Burma Government Medical School reports 1923-41
Year: 1923
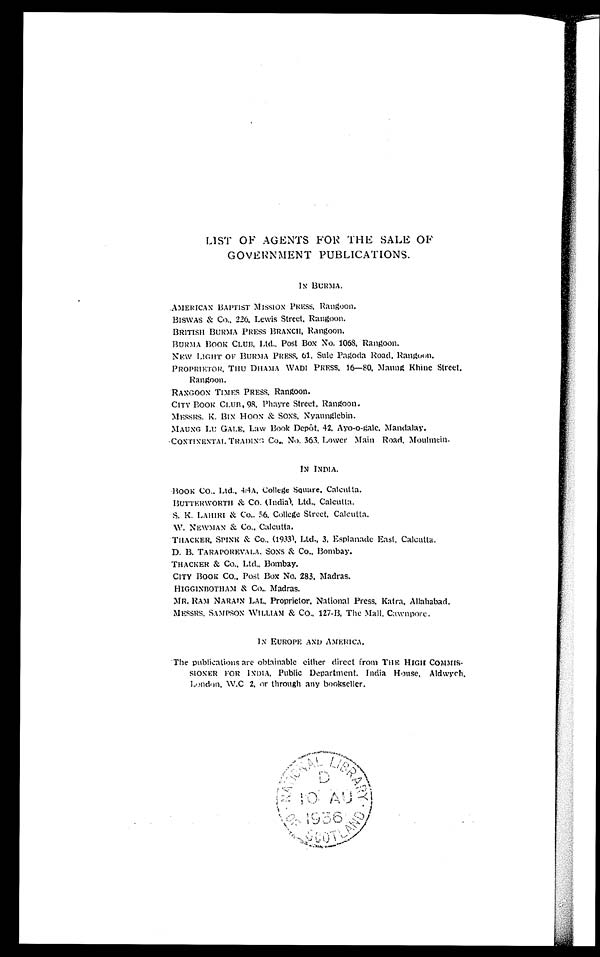
LIST OF AGENTS FOR THE SALE OF
GOVERNMENT PUBLICATIONS.
IN BURMA.
A M E R I C A N B A P T I S T M I S S I O N P R E S S , R a n g o o n .
BISWAS & CO., 226, Lewis Street, Rangoon.
BRITISH BURMA PRESS BRANCH, Rangoon.
BURMA BOOK CLUB, Ltd., Post Box No. 1068, Rangoon.
NEW LIGHT OF BURMA PRESS, 61, Sule Pagoda Road, Rangoon.
PROPRIETOR, THU DHAMA WADI PRESS, 16—80, Maung Khine Street,
Rangoon.
RANGOON TIMES PRESS, Rangoon.
CITY BOOK CLUB, 98, Phayre Street, Rangoon.
M E S S R S . K . B I N H O O N & S O N S , N y a u n g l e b i n .
MAUNG LU GALE, Law Book Depôt, 42, Ayo-o-gale, Mandalay.
CONTINENTAL TRADING CO., No. 363, Lower Main Road, Moulmein.
B O O K C O . . L t d . . 4 / 4 A . C o l l e g e S q u a r e . C a l c u t t a .
B U T T E R W O R T H & C O . ( I n d i a ) . L t d . , C a l c u t t a .
S. K. LAHIRI & CO., 56, College Street, Calcutta.
W. NEWMAN & CO., Calcutta
'I'HACKER, SPINK & CO., (1933), Ltd., 3, Esplanade East, Calcutta.
D. B. TARAPOREVALA.. SONS & CO., Bombay.
THACKER & Co., Ltd., Bombay.
CITY BOOK. CO., Post Box No. 283, Madras.
HIGGINBOTHAM & CO., Madras.
MR. RAM NARAIN LAL, Proprietor, National Press, Katra, Allahabad.
MESSRS, SAMPSON WILLIAM & CO., 127-B, The Mall, Cawnpore.
IN EUROPE AND AMERICA.
The publications are obtainable either direct from THE HIGH COMMIS-
SIONER FOR INDIA, Public Department, India House, Aldwych,
London, W. C 2, or t hr ough a ny books e l l e r .